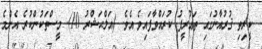
ކީރިތި ޤުރުއާނުގައި ތަޢުރީފު ކުރައްވާފައިވެ އެވެ. (އަލްޙަޝްރު 10). މީސްތަކުންކުރެ އެންމެ